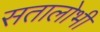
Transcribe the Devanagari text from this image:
सतालोभी